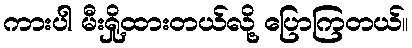
ကားပါ မီးရှို့ထားတယ်လို့ ပြောကြတယ်။